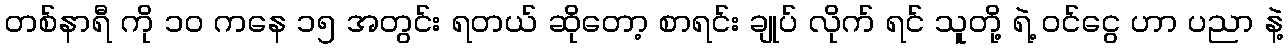
တစ်နာရီ ကို ၁ဝ ကနေ ၁၅ အတွင်း ရတယ် ဆိုတော့ စာရင်း ချုပ် လိုက် ရင် သူတို့ ရဲ့ ဝင်ငွေ ဟာ ပညာ နဲ့